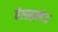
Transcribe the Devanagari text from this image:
वेलाझ्क्वेज